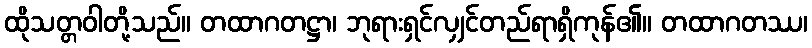
ထိုသတ္တဝါတို့သည်။ တထာဂတဋ္ဌာ၊ ဘုရားရှင်လျှင်တည်ရာရှိကုန်၏။ တထာဂတဿ၊